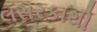
લસરકાથી